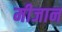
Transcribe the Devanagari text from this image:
मीजान